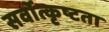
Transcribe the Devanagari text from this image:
सर्वोत्कृष्टता